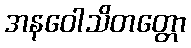
အနဝေါသိတတ္တော